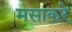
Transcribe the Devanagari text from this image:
मसाकरे